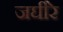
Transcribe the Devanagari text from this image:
जघीरे